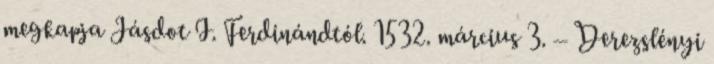
megkapja Jásdot I. Ferdinándtól. 1532. március 3. – Derezslényi